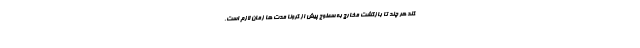
کند هر چند تا بازگشت مخارج به سطوح پیش از کرونا مدت ها زمان لازم است.